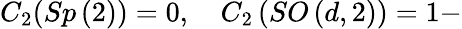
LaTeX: C_{2}(Sp\left(2\right))=0,\quad C_{2}\left(SO\left(d,2\right)\right)=1-